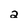
Character: 2